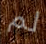
لم